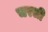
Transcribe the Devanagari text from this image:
चरली